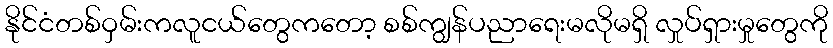
နိုင်ငံတစ်ဝှမ်းကလူငယ်တွေကတော့ စစ်ကျွန်ပညာရေးမလိုမရှိ လှုပ်ရှားမှုတွေကို